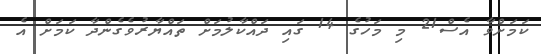
ކަމަށްވާ އެސް21 މި މަހުގެ 14 ގައި ދައްކާލުމަށް ތައްޔާރުވެގެންދާ ކަމަށް އެ